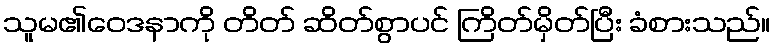
သူမ၏ဝေဒနာကို တိတ် ဆိတ်စွာပင် ကြိတ်မှိတ်ပြီး ခံစားသည်။